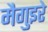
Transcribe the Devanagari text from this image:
मैगुइरे